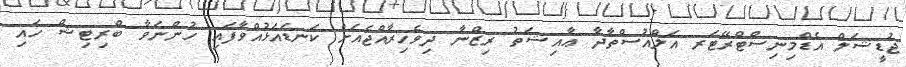
ޖުޑީޝަލް އެޑްމިނިސްޓްރޭޓަރ އަލްއުސްތާޛާ ޢާއިޝަތު ރިޒްނާ ދިވެހިރާއްޖެއަށް ކަނޑައަޅުއްވާފައި ހުންނަވާ ބްރިޓިޝް ހައި